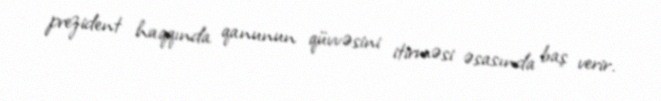
prezident haqqında qanunun qüvvəsini itirməsi əsasında baş verir.